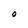
Character: O